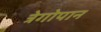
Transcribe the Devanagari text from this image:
त्रेगोपान